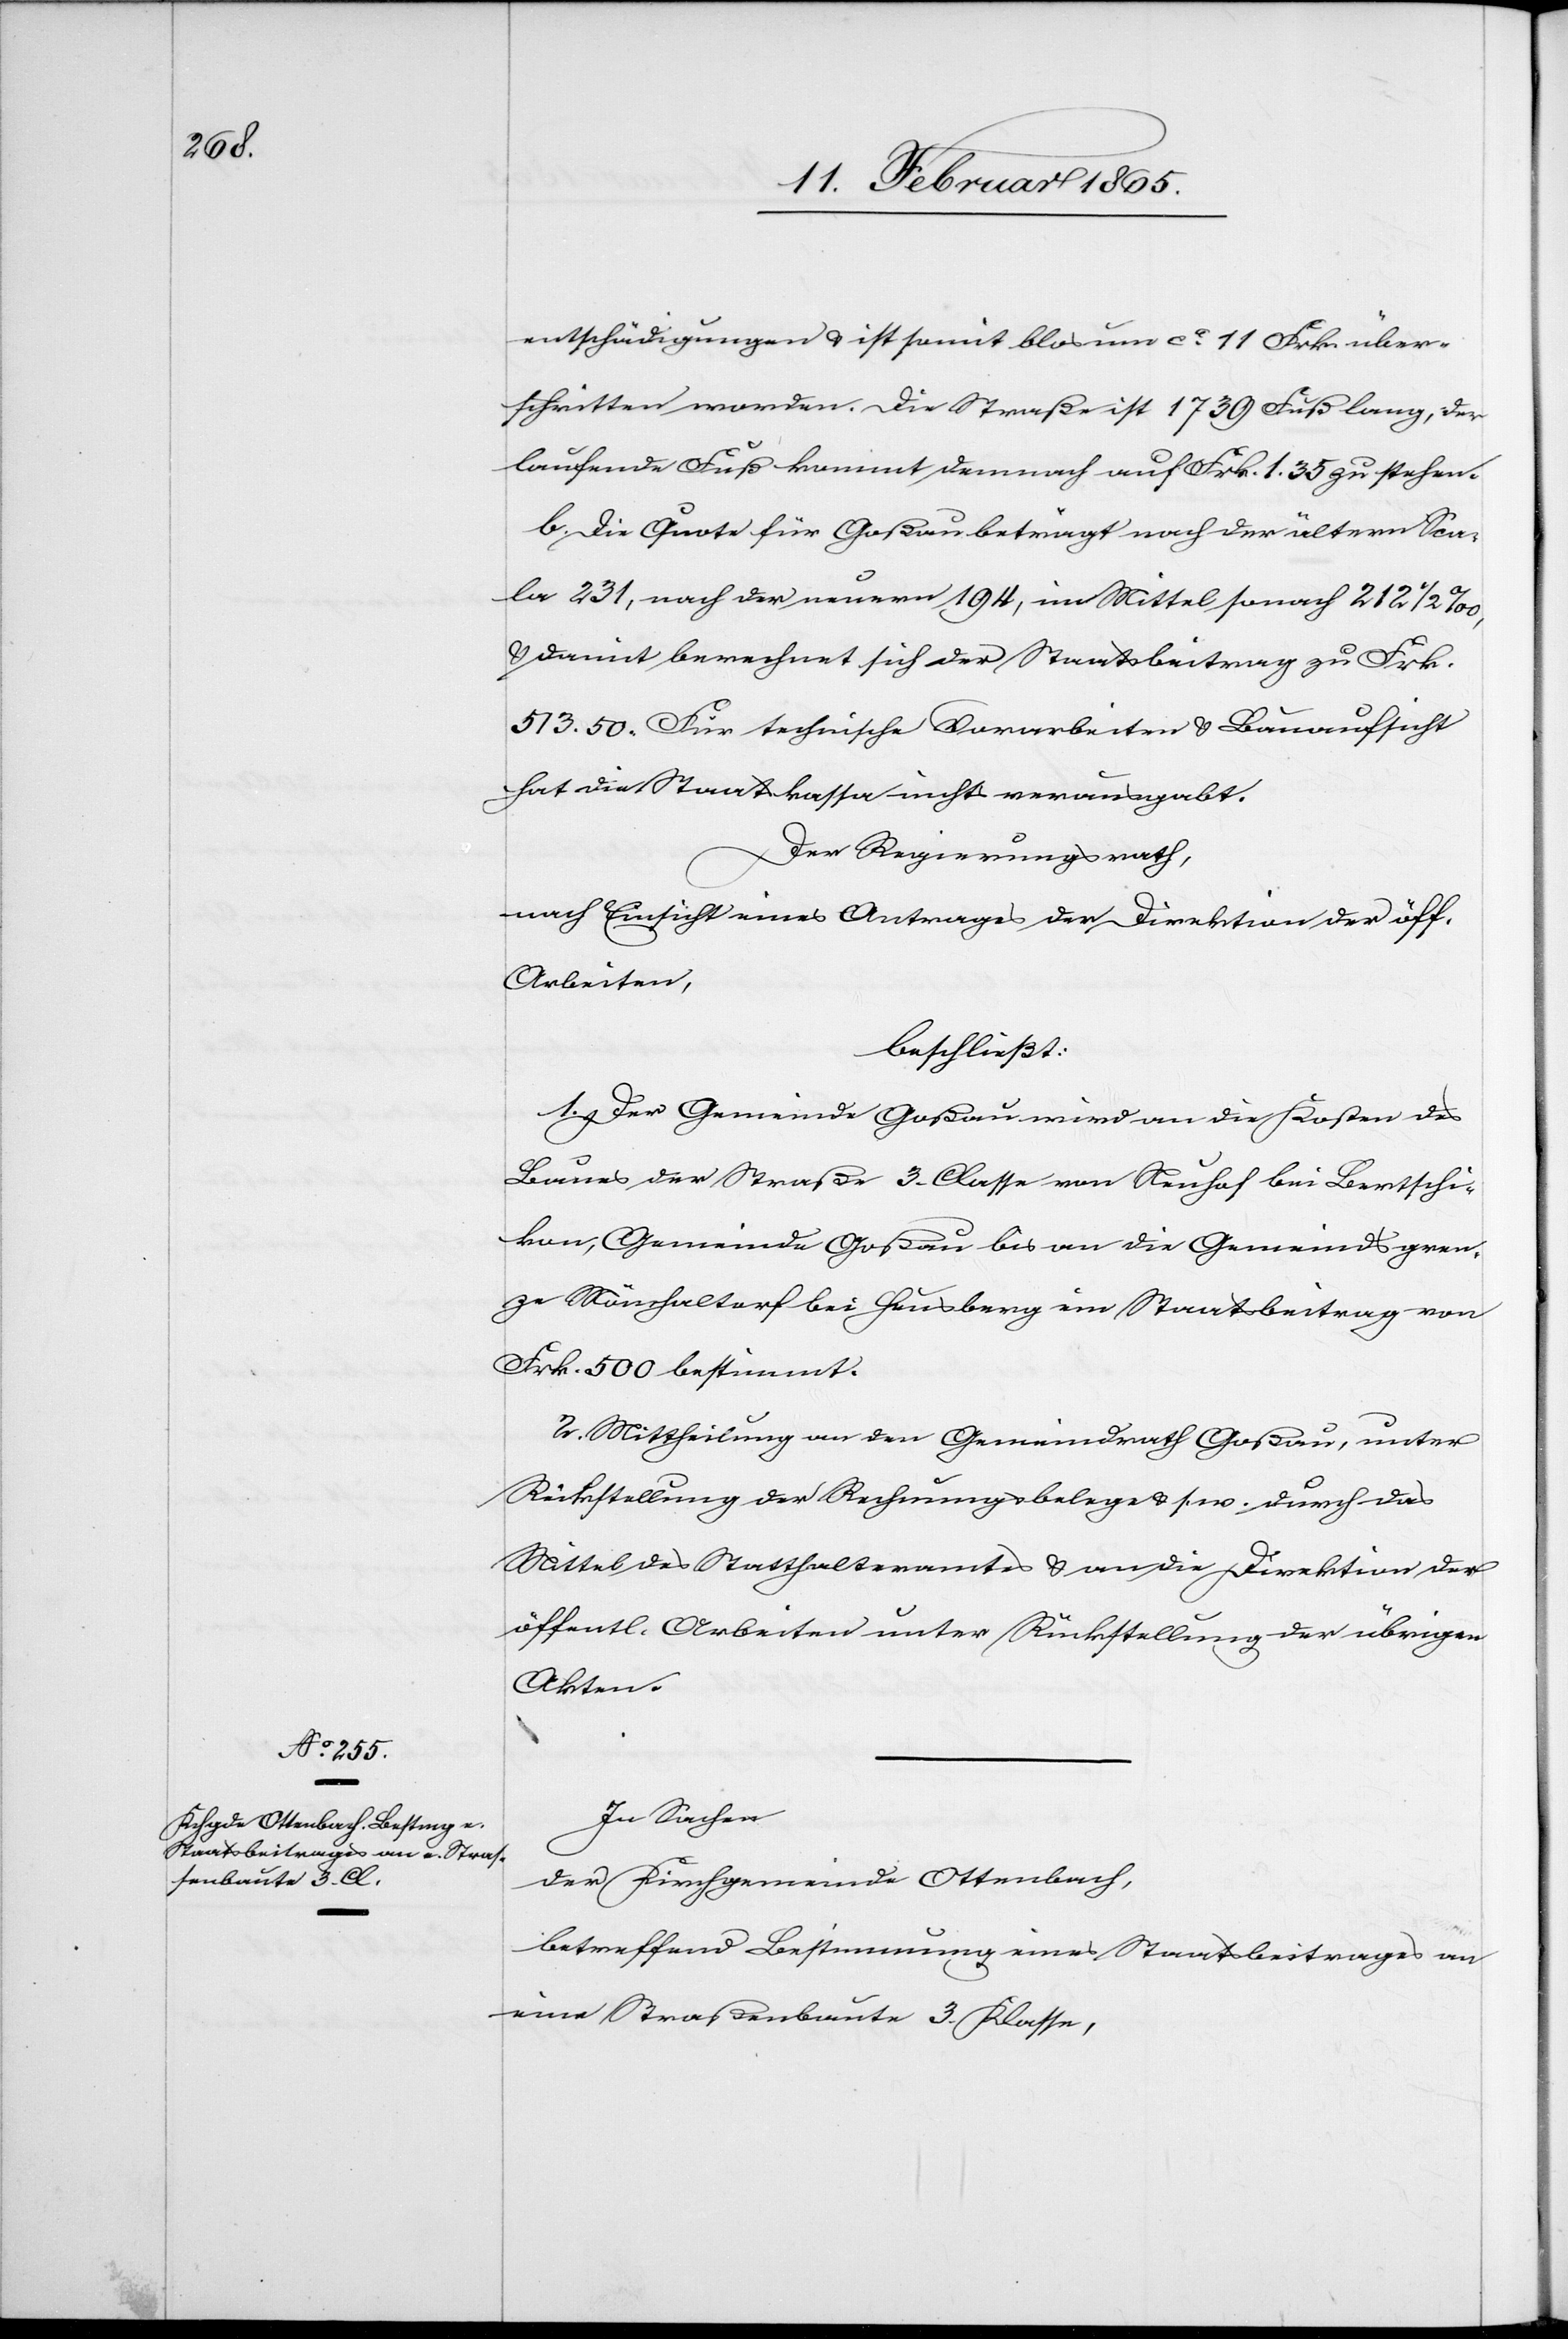
entschädigungen u. ist somit blos um ca 11 Frk. über¬
schritten worden. Die Straße ist 1739 Fuß lang, der
laufende Fuß kommt demnach auf Frk. 1. 35 zu stehen.
b. Die Quote für Goßau beträgt nach der ältern Sca¬
la 231, nach der neuern 194, im Mittel sonach 212 ½ ‰,
u. damit berechnet sich der Staatsbeitrag zu Frk.
513. 50. Für technische Vorarbeiten u. Bauaufsicht
hat die Staatskassa nicht verausgabt.
Der Regierungsrath,
nach Einsicht eines Antrages der Direktion der öff.
Arbeiten,
beschließt:
1. Der Gemeinde Goßau wird an die Kosten des
Baues der Straße 3. Classe von Neuhof bei Bertschi¬
kon, Gemeinde Goßau bis an die Gemeindsgren¬
ze Mönchaltorf bei Heusberg ein Staatsbeitrag von
Frk. 500 bestimmt.
2. Mittheilung an den Gemeindrath Goßau, unter
Rückstellung der Rechnungsbelege u. s. w. durch das
Mittel des Statthalteramtes u. an die Direktion der
öffentl. Arbeiten unter Rückstellung der übrigen
Akten.
In Sachen
der Kirchgemeinde Ottenbach,
betreffend Bestimmung eines Staatsbeitrages an
eine Straßenbaute 3. Klasse,